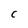
Character: C